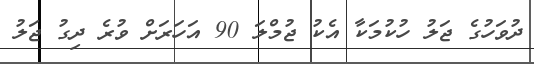
ދުވަހުގެ ޖަލު ހުކުމަކާ އެކު ޖުމްލަ 90 އަހަރަށް ވުރެ ދިގު ޖަލު